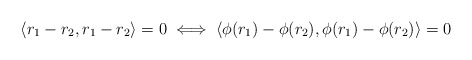
\begin{align*}\langle r_1 - r_2 , r_1 - r_2 \rangle = 0 \iff \langle \phi (r_1 ) - \phi ( r_2 ) , \phi ( r_1 ) - \phi ( r_2 ) \rangle = 0\end{align*}